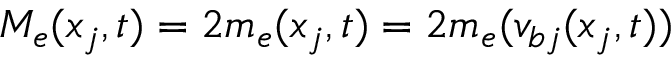
M _ { e } ( x _ { j } , t ) = 2 m _ { e } ( x _ { j } , t ) = 2 m _ { e } ( v _ { b j } ( x _ { j } , t ) )